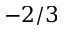
- 2 / 3